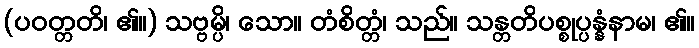
(ပဝတ္တတိ၊ ၏။) သဗ္ဗမ္ပိ၊ သော။ တံစိတ္တံ၊ သည်။ သန္တတိပစ္စုပ္ပန္နံနာမ၊ ၏။